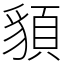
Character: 䫉